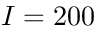
I = 2 0 0